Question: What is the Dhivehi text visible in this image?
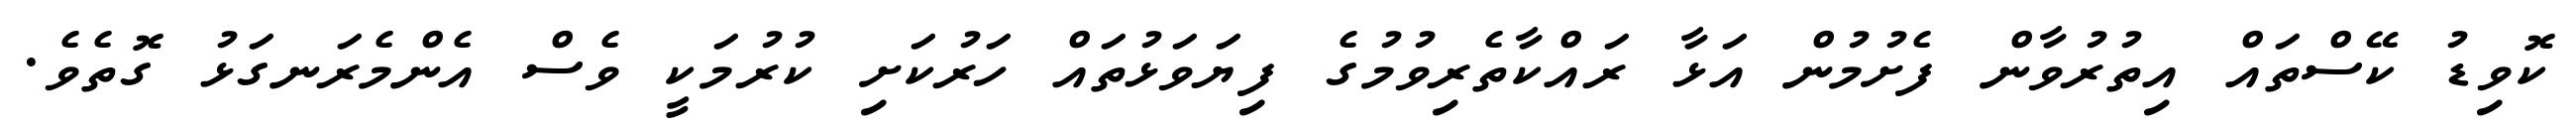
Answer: ކޮވިޑު ކޭސްތައް އިތުރުވާން ފެށުމުން އަޅާ ރައްކާތެރިވުމުގެ ފިޔަވަޅުތައް ހަރުކަށި ކުރުމަކީ ވެސް އެންމެރަނގަޅު ގޮތެވެ.